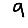
Digit: 9